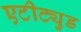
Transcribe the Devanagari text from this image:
एटीट्युड